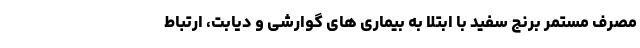
مصرف مستمر برنج سفید با ابتلا به بیماری های گوارشی و دیابت، ارتباط